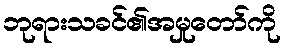
ဘုရားသခင်၏အမှုတော်ကို